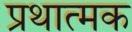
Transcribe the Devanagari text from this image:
प्रथात्मक